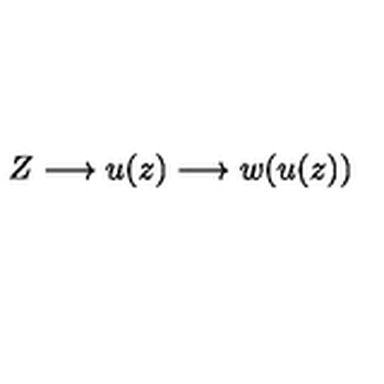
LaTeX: Z \longrightarrow u ( z ) \longrightarrow w ( u ( z ) )